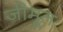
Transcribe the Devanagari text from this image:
जीमूतः